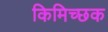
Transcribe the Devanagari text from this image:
किमिच्छक